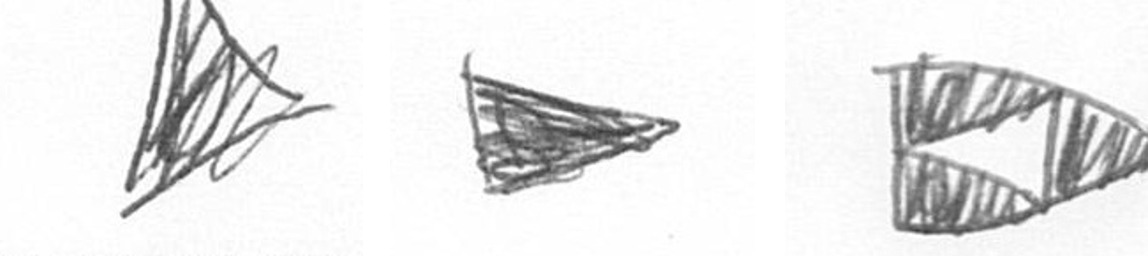
O T K